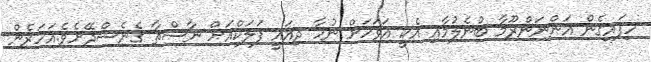
ހިފައިގެން އަންނަންރޫމާ ބުނެލުމާއި އެކީ އަވަހަށް ނުހާ ދިއައީ ފަލަކްއަށް ނާސްތާ ގެނެސްދޭށެވެ.އަހަރެން